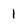
Character: 1